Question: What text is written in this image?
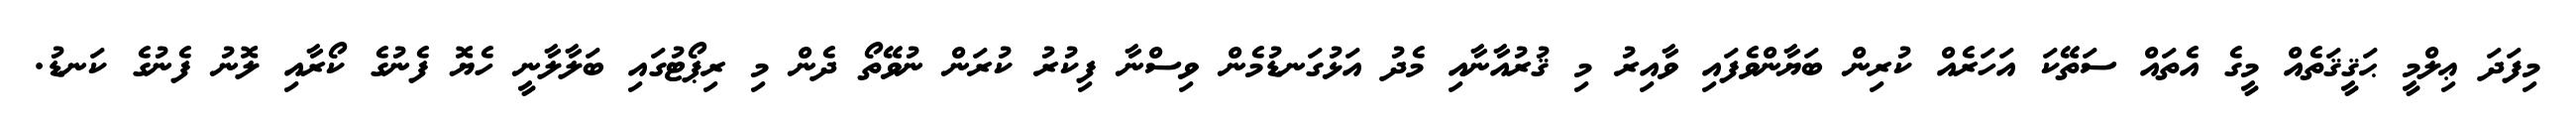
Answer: މިފަދަ ޢިލްމީ ޙަޤީޤަތެއް މީގެ އެތައް ސަތޭކަ އަހަރެއް ކުރިން ބަޔާންވެފައި ވާއިރު މި ޤުރުއާނާއި މެދު އަޅުގަނޑުމެން ވިސްނާ ފިކުރު ކުރަން ނުވޭތޯ ދެން މި ރިޕޯޓުގައި ބަލާލާނީ ހެޔޮ ފެނުގެ ކޯރާއި ލޮނު ފެނުގެ ކަނޑު.